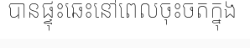
បានផ្ទុះឆេះនៅពេលចុះចតក្នុង